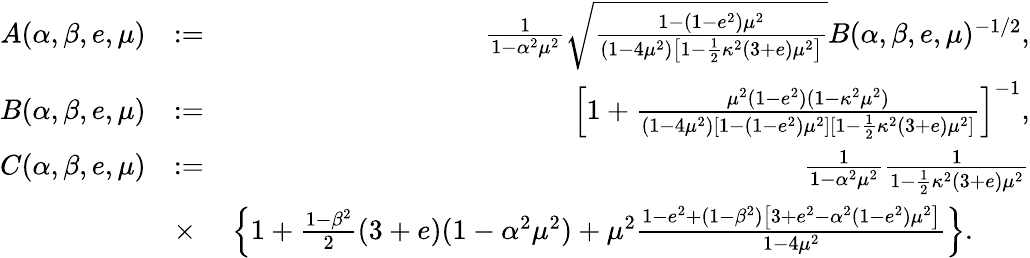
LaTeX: \begin{array}{rlr}{A(\alpha,\beta,e,\mu)}&{:=}&{\frac{1}{1-\alpha^{2}\mu^{2}}\sqrt{\frac{1-(1-e^{2})\mu^{2}}{(1-4\mu^{2})\left[1-\frac{1}{2}\kappa^{2}(3+e)\mu^{2}\right]}}B(\alpha,\beta,e,\mu)^{-1/2},}\\ {B(\alpha,\beta,e,\mu)}&{:=}&{\left[1+\frac{\mu^{2}(1-e^{2})(1-\kappa^{2}\mu^{2})}{(1-4\mu^{2})[1-(1-e^{2})\mu^{2}][1-\frac{1}{2}\kappa^{2}(3+e)\mu^{2}]}\right]^{-1},}\\ {C(\alpha,\beta,e,\mu)}&{:=}&{\frac{1}{1-\alpha^{2}\mu^{2}}\frac{1}{1-\frac{1}{2}\kappa^{2}(3+e)\mu^{2}}}\\ &{\times}&{\left\{ 1+\frac{1-\beta^{2}}{2}(3+e)(1-\alpha^{2}\mu^{2})+\mu^{2}\frac{1-e^{2}+(1-\beta^{2})\left[3+e^{2}-\alpha^{2}(1-e^{2})\mu^{2}\right]}{1-4\mu^{2}}\right\} .\qquad}\end{array}